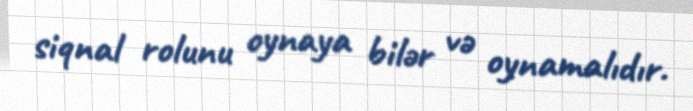
siqnal rolunu oynaya bilər və oynamalıdır.